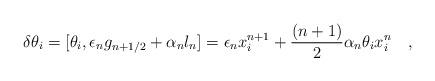
LaTeX: \begin{align*}\delta \theta _i=[\theta_{i},\epsilon_{n}g_{n+1/2}+\alpha_{n}l_{n}]=\epsilon_{n}x_{i}^{n+1}+\frac{(n+1)}{2}\alpha_{n}\theta_{i}x_{i}^{n}\quad ,\end{align*}